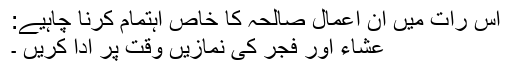
اس رات میں ان اعمال صالحہ کا خاص اہتمام کرنا چاہیے:
عشاء اور فجر کی نمازیں وقت پر ادا کریں ۔